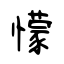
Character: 懞